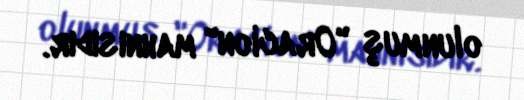
olunmuş "Oracion" mahnısıdır.